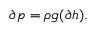
\partial p = \rho g ( \partial h ) .